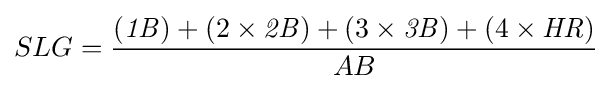
SLG={\frac {({\mathit {1B}})+(2\times {\mathit {2B}})+(3\times {\mathit {3B}})+(4\times {\mathit {HR}})}{AB}}